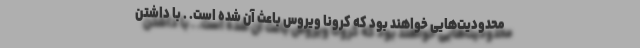
محدودیت‌هایی خواهند بود که کرونا ویروس باعث آن شده است. . با داشتن